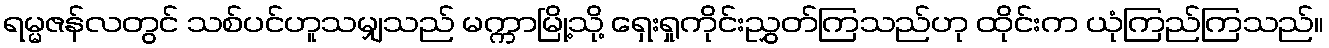
ရမ္မဇန်လတွင် သစ်ပင်ဟူသမျှသည် မက္ကာမြို့သို့ ရှေးရှုကိုင်းညွှတ်ကြသည်ဟု ထိုင်းက ယုံကြည်ကြသည်။